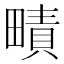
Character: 𤳎